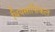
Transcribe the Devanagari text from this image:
थियसाफिकल